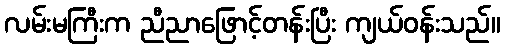
လမ်းမကြီးက ညီညာဖြောင့်တန်းပြီး ကျယ်ဝန်းသည်။